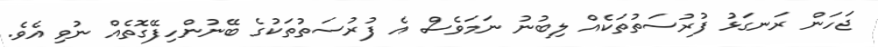
ޖަހަން ރަނގަޅު ފުރުސަތުތަކެއް ލިބުނު ނަމަވެސް އެ ފުރުސަތުތަކުގެ ބޭނުންހިފޭގޮތެއް ނުވި އެވެ.